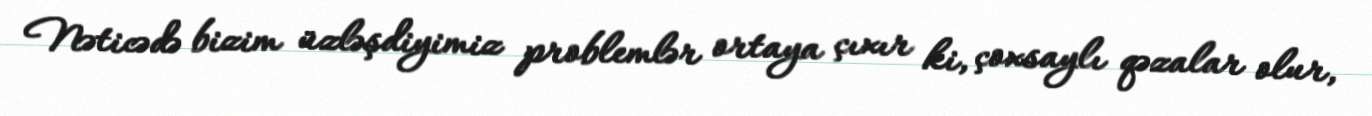
Nəticədə bizim üzləşdiyimiz problemlər ortaya çıxır ki, çoxsaylı qəzalar olur,